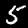
Digit: 5